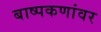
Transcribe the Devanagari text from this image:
बाष्पकणांवर